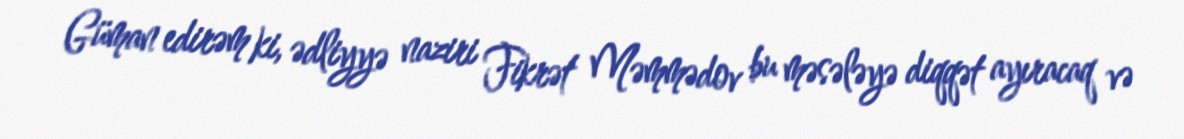
Güman edirəm ki, ədliyyə naziri Fikrət Məmmədov bu məsələyə diqqət ayıracaq və